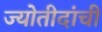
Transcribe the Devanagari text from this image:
ज्योतीदांची